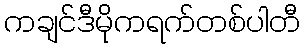
ကချင်ဒီမိုကရက်တစ်ပါတီ